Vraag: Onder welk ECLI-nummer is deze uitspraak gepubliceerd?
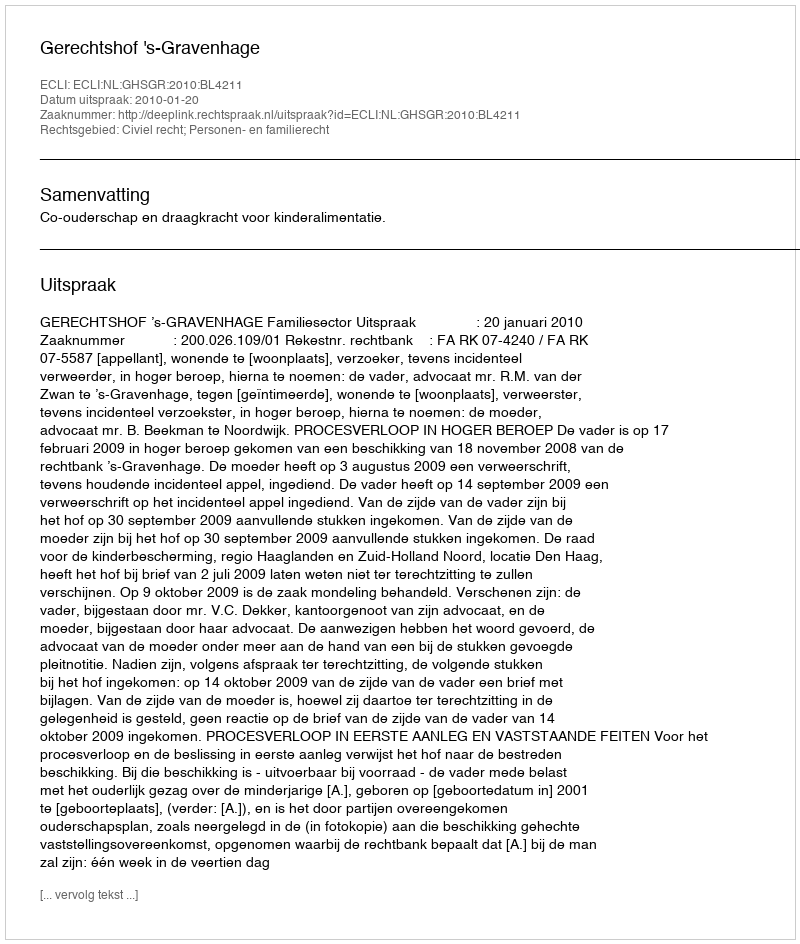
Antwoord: ECLI:NL:GHSGR:2010:BL4211